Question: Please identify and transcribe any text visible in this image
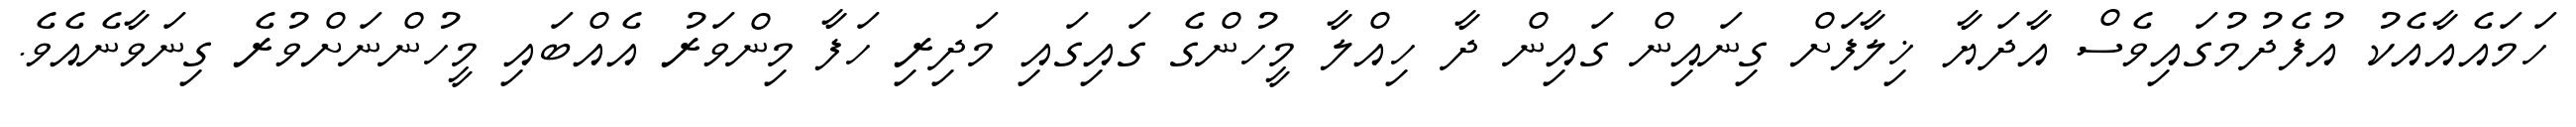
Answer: ހަމައެއާއެކު އުފެދުމުގައިވެސް އާދަޔާ ޚިލާފަށް ގިނައިން ގައިން ދާ ހިއްލާ މީހުންގެ ގައިގައި މަދިރި ހަފާ މިންވަރު އެއްބައި މީހުންނަށްވުރެ ގިނަވާނެއެވެ.